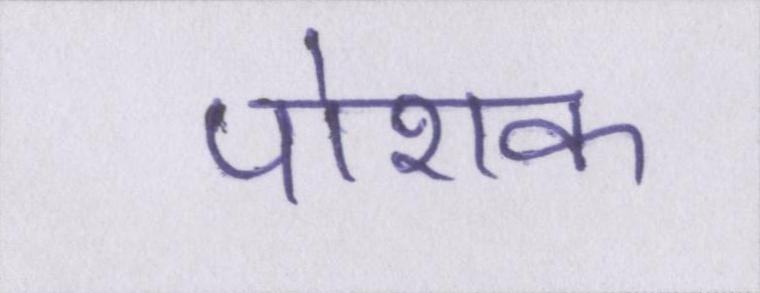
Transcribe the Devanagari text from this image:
पोशक